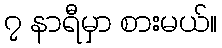
၇ နာရီမှာ စားမယ်။